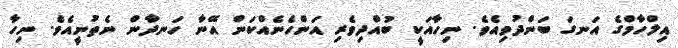
އިލްހާމްގެ އަނގަ ބަންދުވިއެވެ. ނިހާއަކީ ބުއްދިވެރި އަންހެނެއްކަން އޭނާ ހަނދާން ނެތުނީއެވެ. ނިހާ